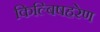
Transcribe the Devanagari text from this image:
किल्बिषहरेण